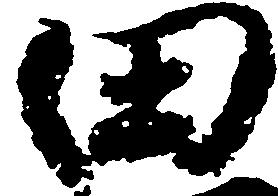
田